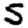
Digit: 5